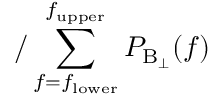
/ \sum _ { f = f _ { \mathrm { l o w e r } } } ^ { f _ { \mathrm { u p p e r } } } P _ { \mathrm { B _ { \perp } } } ( f )